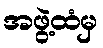
အဖွဲ့ထံမှ